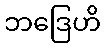
ဘဒြေဟိ